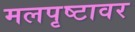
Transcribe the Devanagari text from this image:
मलपृष्टावर